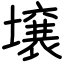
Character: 壌